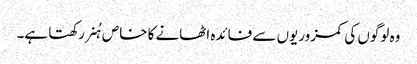
وہ لوگوں کی کمزوریوں سے فائدہ اٹھانے کا خاص ہُنر رکھتا ہے۔